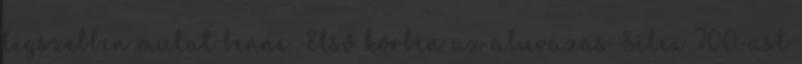
legszebben mutat benne. Első körben az aluvázas Silex 700-ast